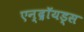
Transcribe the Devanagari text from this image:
एन्द्रॉयड्स